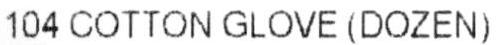
104 COTTON GLOVE (DOZEN)